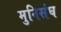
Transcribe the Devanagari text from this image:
मुनिसंघ